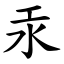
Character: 汞